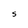
Character: S